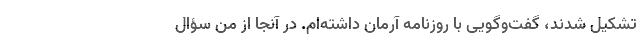
تشکیل شدند، گفت‌و‌گویی با روزنامه آرمان داشته‌ام. در آنجا از من سؤال